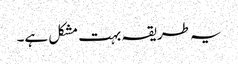
یہ طریقہ بہت مشکل ہے۔